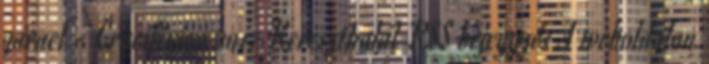
garael - Crucifixion 2017 Kereszthalál RSS bejegyzés A weboldalon